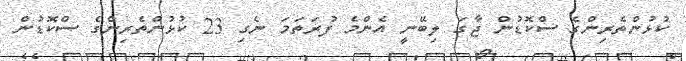
ކުޅުންތެރިންގެ ސްކޮޑުން ޖާގަ ލިބޭނީ އެންމެ ފުރަތަމަ ނެގި 23 ކުޅުންތެރިންގެ ސްކޮޑުން